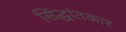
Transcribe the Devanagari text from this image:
सिंद्धांतकार